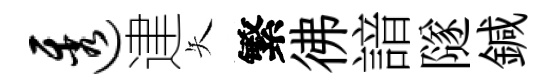
透䢖矢繁彿諳隧鍼